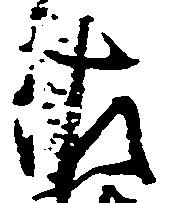
佐